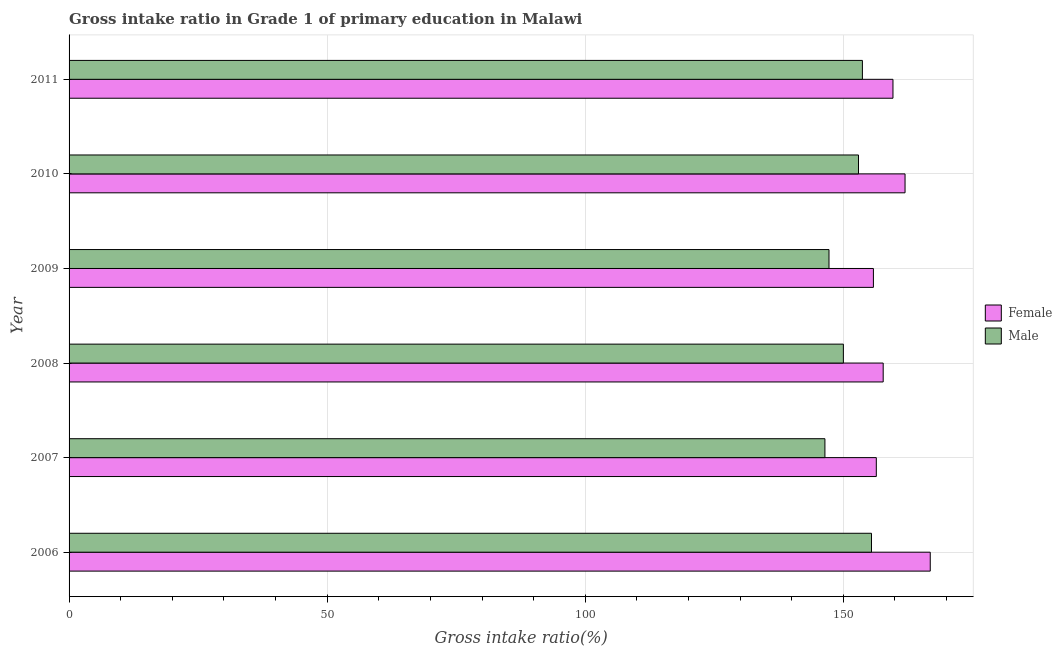
| Year | Female | Male |
 | --- | --- | --- |
 | 2006 | 167 | 155 |
 | 2007 | 156 | 146 |
 | 2008 | 158 | 150 |
 | 2009 | 156 | 147 |
 | 2010 | 162 | 153 |
 | 2011 | 160 | 154 |